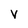
Character: V